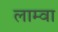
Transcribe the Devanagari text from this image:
लाम्वा